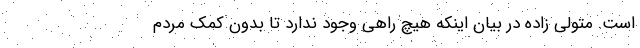
است. متولی زاده در بیان اینکه هیچ راهی وجود ندارد تا بدون کمک مردم